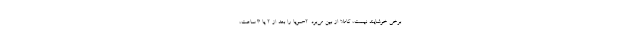
برخی خوشایند نیست، کاملا از بین می‌برد. ۲-سویا را بعد از ۲ یا ۳ ساعت،